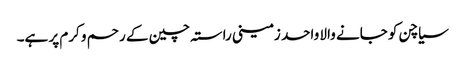
سیاچن کو جانے والا واحد زمینی راستہ چین کے رحم و کرم پر ہے۔